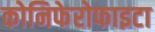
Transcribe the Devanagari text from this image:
कोनिफेरोफाइटा